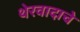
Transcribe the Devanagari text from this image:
थेरवादाचे